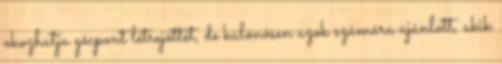
okozhatja gócpont létrejöttét, de különösen azok számára ajánlott, akik